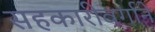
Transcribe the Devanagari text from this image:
सहकारीवर्गाने